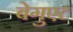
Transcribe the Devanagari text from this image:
बेगुएट